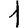
Digit: 1